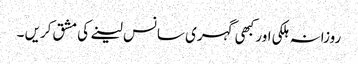
روزانہ ہلکی اور کبھی گہری سانس لینے کی مشق کریں ۔